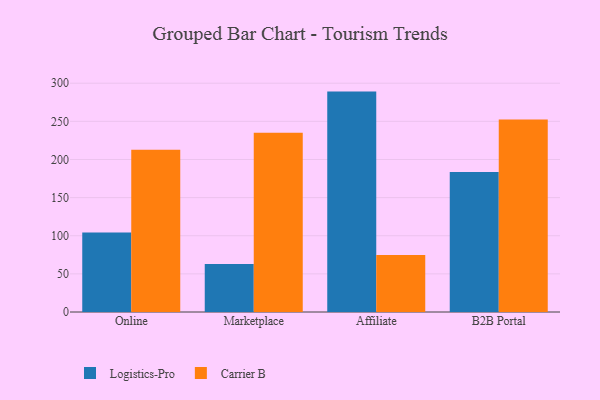
{"axis": {"x": "Channel", "y": "Temperature (°C)"}, "legend": ["Carrier B", "Logistics-Pro"], "data": [{"x": "Online", "y": 104.2, "type": "Logistics-Pro"}, {"x": "Online", "y": 212.8, "type": "Carrier B"}, {"x": "Marketplace", "y": 63.1, "type": "Logistics-Pro"}, {"x": "Marketplace", "y": 234.9, "type": "Carrier B"}, {"x": "Affiliate", "y": 289.0, "type": "Logistics-Pro"}, {"x": "Affiliate", "y": 74.8, "type": "Carrier B"}, {"x": "B2B Portal", "y": 183.5, "type": "Logistics-Pro"}, {"x": "B2B Portal", "y": 252.3, "type": "Carrier B"}]}